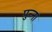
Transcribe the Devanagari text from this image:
पुन्ना